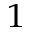
^ 1